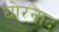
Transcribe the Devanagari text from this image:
घोरनाद